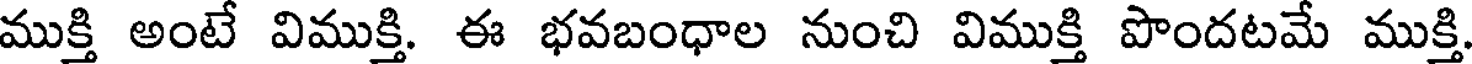
ముక్తి అంటే విముక్తి. ఈ భవబంధాల నుంచి విముక్తి పొందటమే ముక్తి